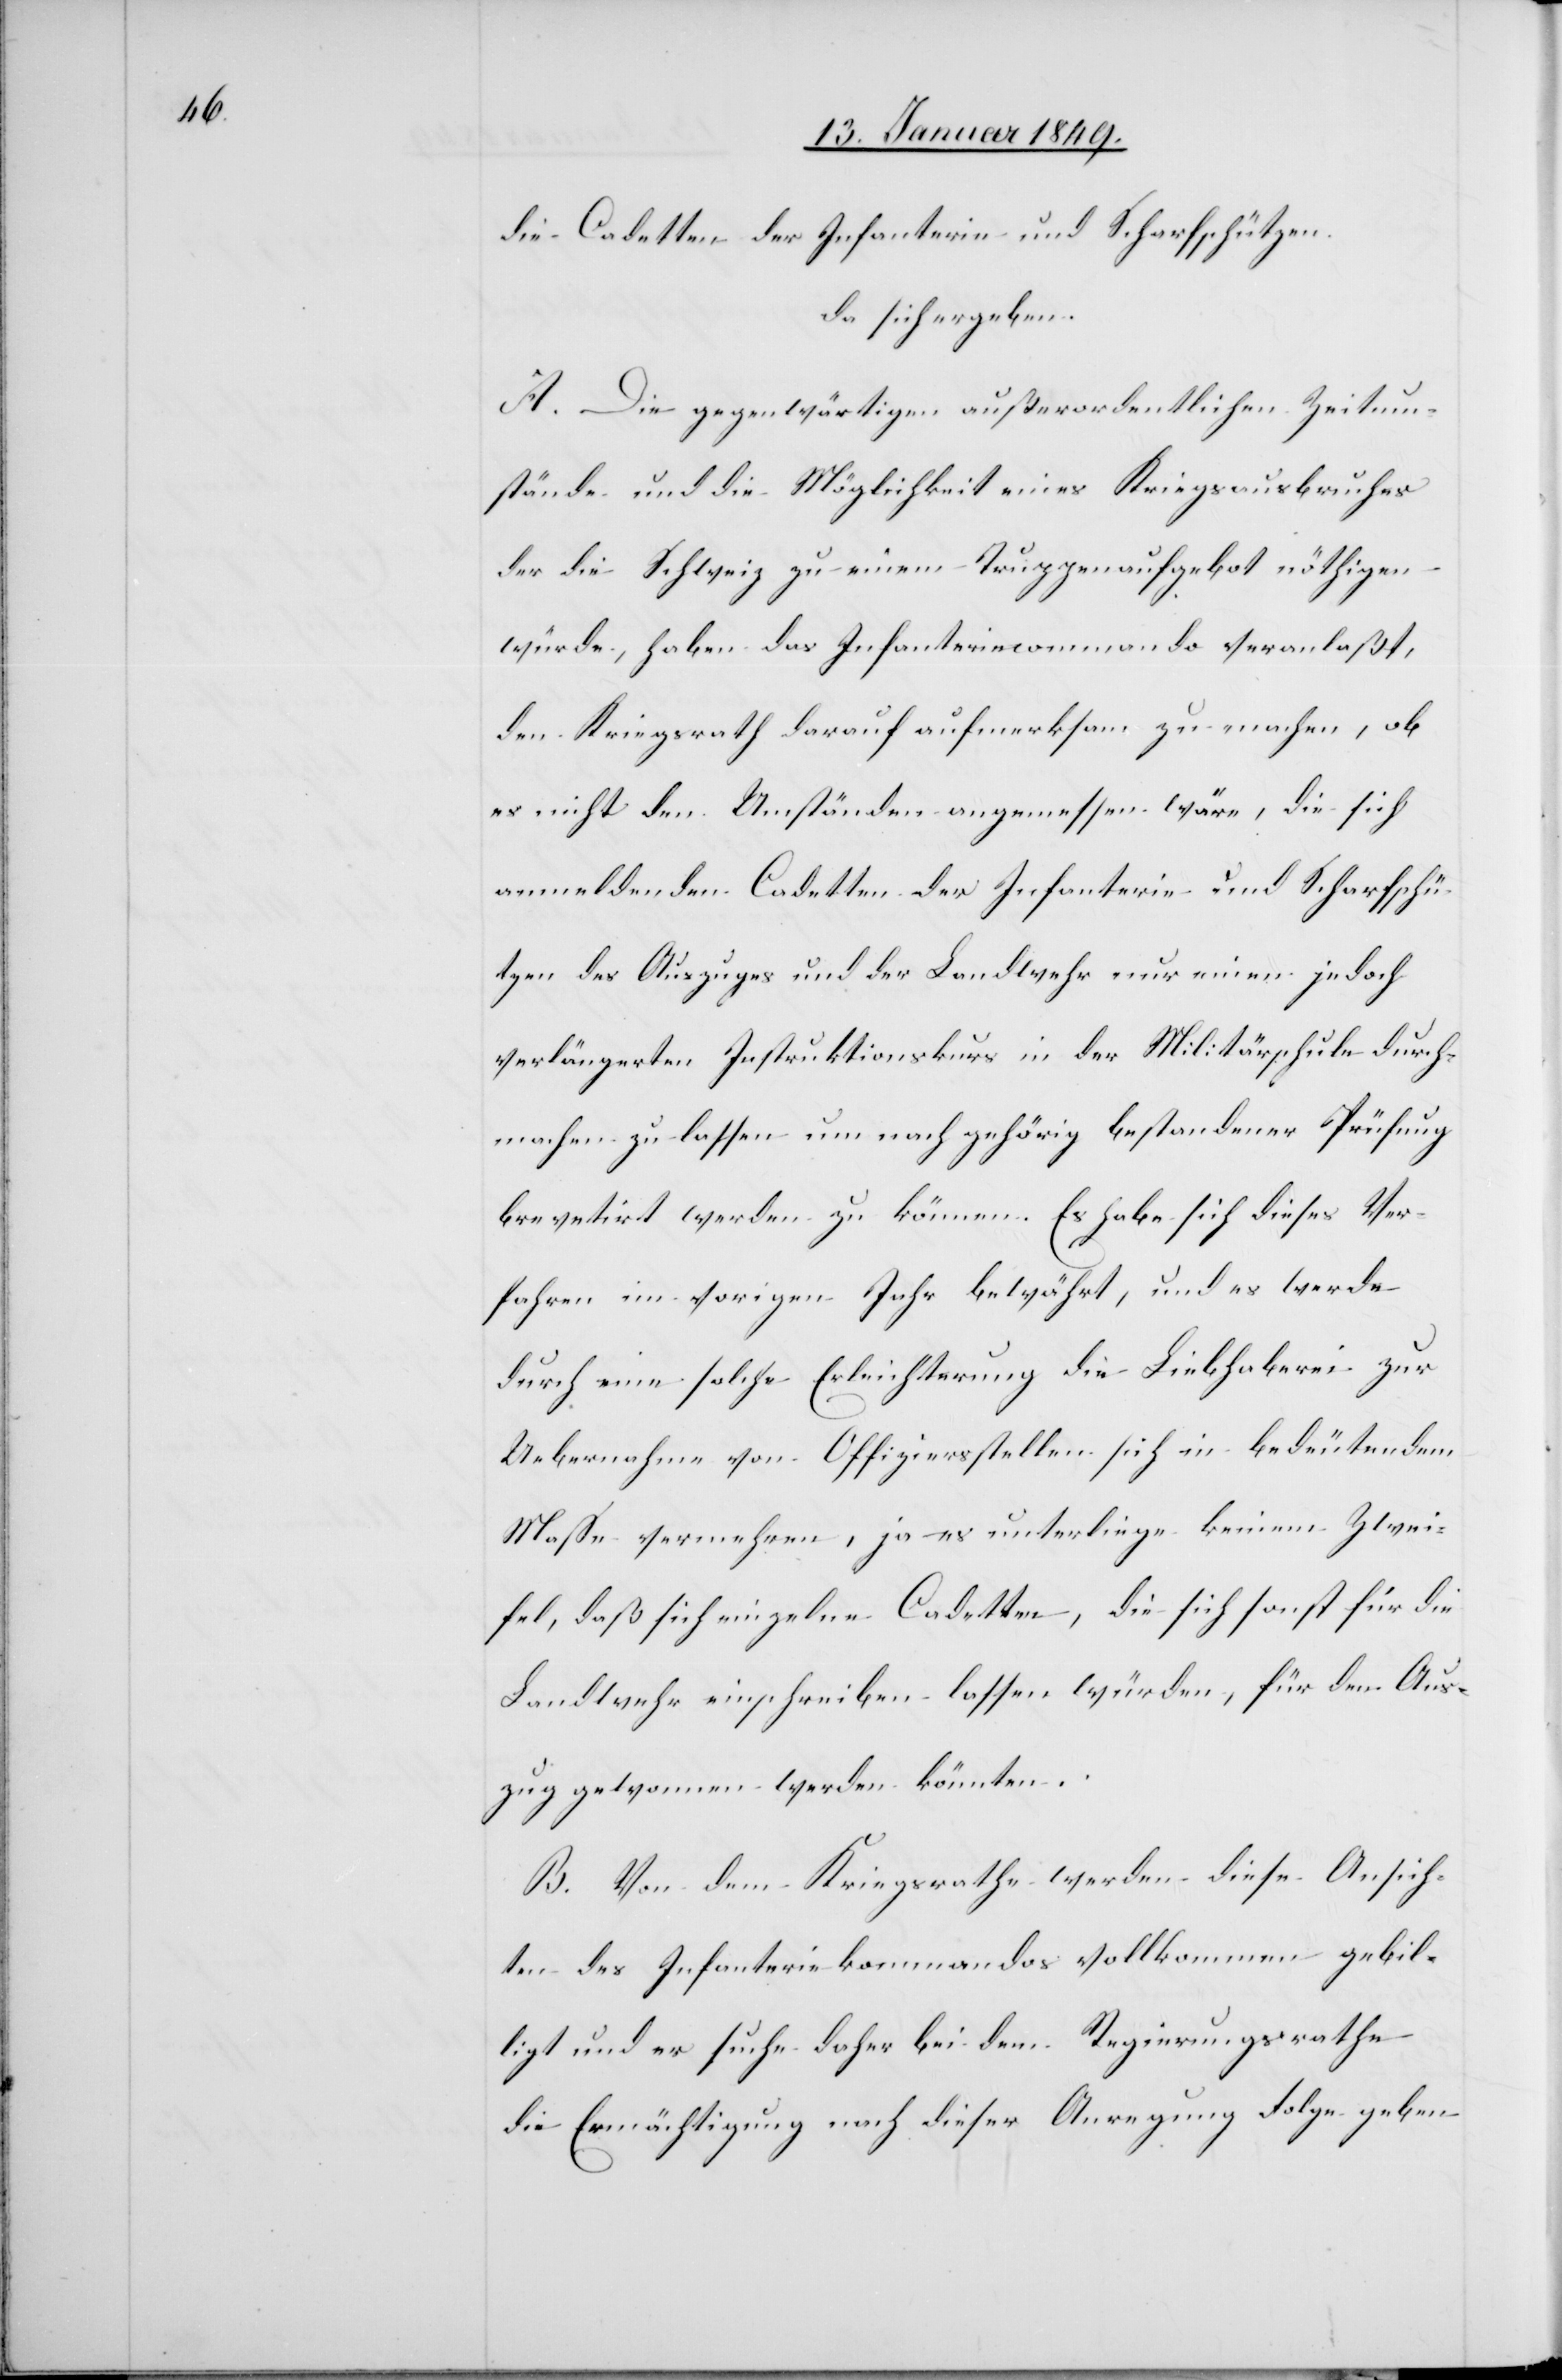
die Cadetten der Infanterie und Scharfschützen.
da sich ergeben
A. Die gegenwärtigen außerordentlichen Zeitum¬
stände und die Möglichkeit eines Kriegsausbruches
der die Schweiz zu einem Truppenaufgebot nöthigen
würde, haben das Infanteriecommando veranlaßt,
den Kriegsrath darauf aufmerksam zu machen, ob
es nicht den Umständen angemessen wäre, die sich
anmeldenden Cadetten der Infanterie und Scharfschü¬
tzen des Auszuges und der Landwehr nur einen jedoch
verlängerten Instruktionskurs in der Militärschule durch¬
machen zu lassen um nach gehörig bestandener Prüfung
brevetirt werden zu können. Es habe sich dieses Ver¬
fahren im vorigen Jahr bewährt, und es werde
durch eine solche Erleichterung die Liebhaberei zur
Uebernahme von Offiziersstellen sich in bedeutendem
Masse vermehren, ja es unterliege keinem Zwei¬
fel, daß sich einzelne Cadetten, die sich sonst für die
Landwehr einschreiben lassen würden, für den Aus¬
zug gewonnen werden könnten.
B. Von dem Kriegsrathe werden diese Ansich¬
ten des Infanteriekommandos vollkommen gebil¬
ligt und er suche daher bei dem Regierungsrathe
die Ermächtigung nach dieser Anregung Folge geben